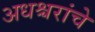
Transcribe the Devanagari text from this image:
अधश्चरांचे